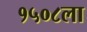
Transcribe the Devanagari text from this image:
१५०८ला